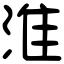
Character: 淮